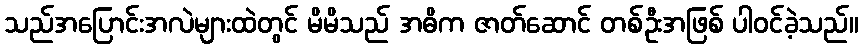
သည်အပြောင်းအလဲများထဲတွင် မိမိသည် အဓိက ဇာတ်ဆောင် တစ်ဦးအဖြစ် ပါဝင်ခဲ့သည်။